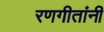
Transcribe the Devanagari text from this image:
रणगीतांनी